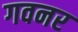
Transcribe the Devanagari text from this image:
गवनर